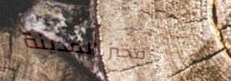
مخبز المدينة